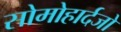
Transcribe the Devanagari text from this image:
सोमोहार्दजो